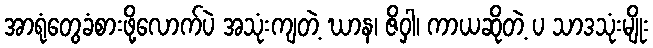
အာရုံတွေခံစားဖို့လောက်ပဲ အသုံးကျတဲ့ ဃာန၊ ဇိဝှါ၊ ကာယဆိုတဲ့ ပ သာဒသုံးမျိုး